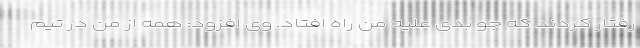
رفتار کردند که جو بدی علیه من راه افتاد. وی افزود: همه از من در تیم